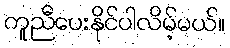
ကူညီပေးနိုင်ပါလိမ့်မယ်။